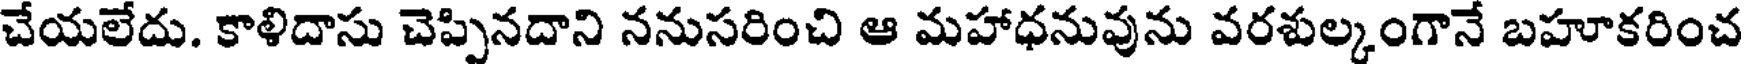
చేయలేదు. కాళిదాసు చెప్పినదాని ననుసరించి ఆ మహాధనువును వరశుల్కంగానే బహూకరించ